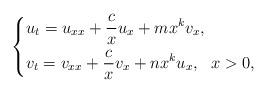
LaTeX: \begin{align*}\left\{\begin{aligned}&u_t=u_{xx}+\frac{c}{x}u_x+mx^kv_x,\\&v_t=v_{xx}+\frac{c}{x}v_x+nx^ku_x,~~ x>0,\end{aligned}\right.\end{align*}